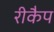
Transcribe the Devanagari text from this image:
रीकैप